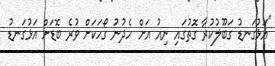
"އަޅުގަނޑު ގަބޫލުކުރާ ގޮތުގައި ނިއު އަށް ހެދުނު ގޯހަކަށް ވުރެ ބޮޑަށް އަޅުގަނޑު